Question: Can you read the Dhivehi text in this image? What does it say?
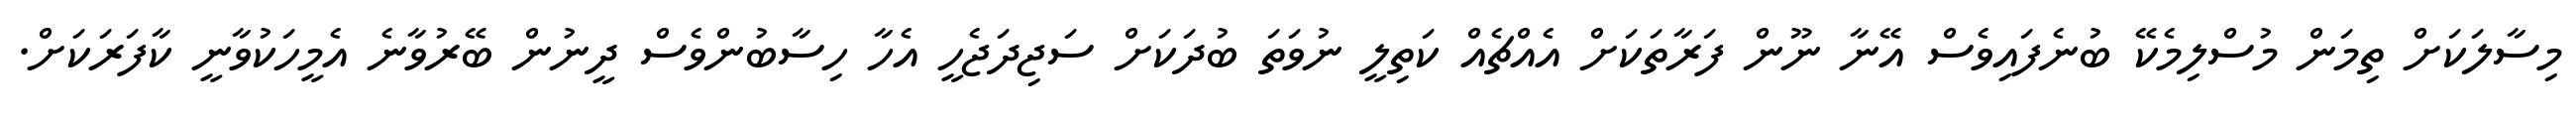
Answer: މިސާލަކަށް ތިމަން މުސްލިމެކޭ ބުނެފައިވެސް އޭނާ ނޫން ފަރާތަކަށް އެއްޗެއް ކަތިލީ ނުވަތަ ބުދަކަށް ސަޖިދަޖެހީ އެހާ ހިސާބުންވެސް ދީނުން ބޭރުވާނެ އެމީހަކުވާނީ ކާފަރަކަށް.